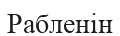
Рабленін